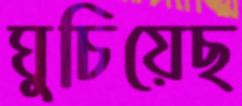
ঘুচিয়েছ